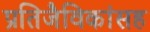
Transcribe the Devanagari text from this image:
प्रतिजैविकांसह